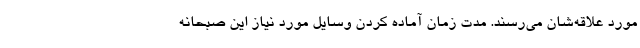
مورد علاقه‌شان می‌رسند. مدت زمان آماده کردن وسایل مورد نیاز این صبحانه